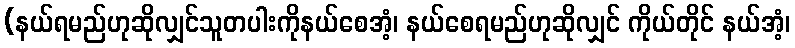
(နယ်ရမည်ဟုဆိုလျှင်သူတပါးကိုနယ်စေအံ့၊ နယ်စေရမည်ဟုဆိုလျှင် ကိုယ်တိုင် နယ်အံ့၊